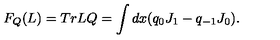
F _ { Q } ( L ) = T r { } L Q = \int d x { } ( q _ { 0 } J _ { 1 } - q _ { - 1 } J _ { 0 } ) .